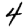
Digit: 4